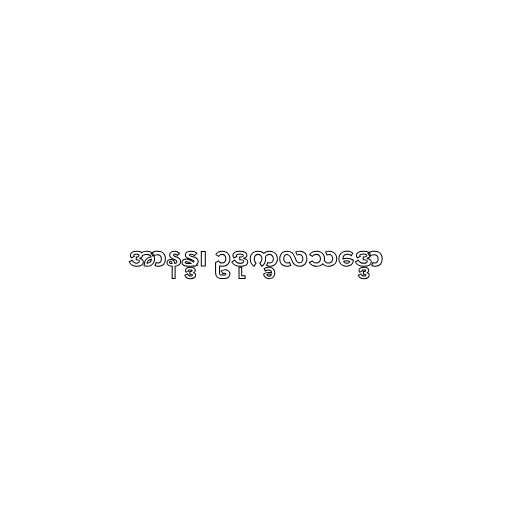
အာနန္ဒ၊ ဥဒုက္ခလသဒ္ဒော